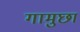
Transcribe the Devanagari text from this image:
गामुछा